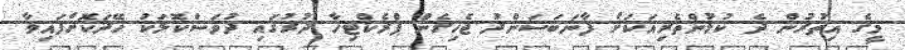
މީގެ އިތުރުން ދެ ކުޅުންތެރިއަކަށް ފާނަބަސަންދު ޖެހިގެން ޕްރެކްޓިހާ ދުރުގައި ދުވަސްކޮޅަކު ހޭދަކޮށްފައިވާ